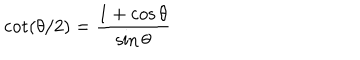
\cot ( \theta / 2 ) = \frac { 1 + \cos \theta } { \sin \theta }